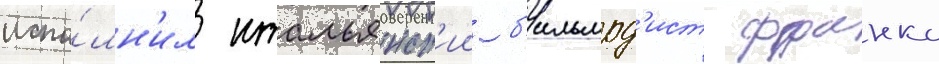
испо́лн'ил итальянск'ии б'ильярд'ист франко